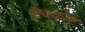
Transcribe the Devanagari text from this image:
देवकोष्ट